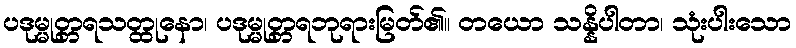
ပဒုမ္မုတ္တရသတ္ထုနော၊ ပဒုမ္မုတ္တရဘုရားမြတ်၏။ တယော သန္နိပါတာ၊ သုံးပါးသော